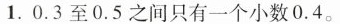
1. 0.3至0.5之间只有一个小数0.4。